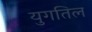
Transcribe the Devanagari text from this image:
युगतिल